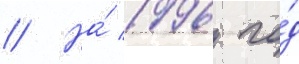
// На́ 1996 го́д